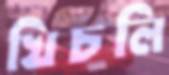
খিচলি